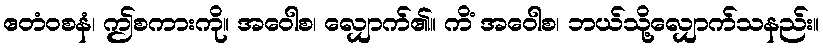
ဧတံဝစနံ၊ ဤစကားကို။ အဝေါစ၊ လျှောက်၏။ ကိံ အဝေါစ၊ ဘယ်သို့လျှောက်သနည်း။